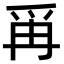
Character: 爯